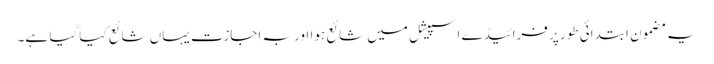
یہ مضمون ابتدائی طور پر فرائیڈے اسپیشل میں شائع ہوا اور بہ اجازت یہاں شائع کیا گیا ہے۔